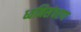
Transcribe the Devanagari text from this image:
ध्वनिसंचरण